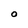
Character: O